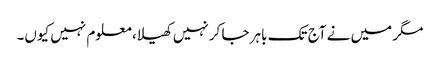
مگر میں نے آج تک باہر جا کر نہیں کھیلا، معلوم نہیں کیوں۔